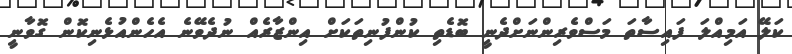
ކަލޭ އަމިއްލަ ފައިސާތަ މަސްވެރިންނަށްދެނީ ބޮޑެތި ކުންފުނިތަކަށް އިންޒާރެއް ނުދެވޭނެ އެހެންއުޅެނިކޮން ގޮވާނީ